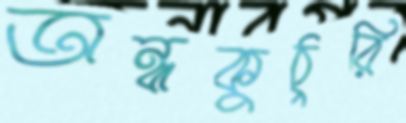
অন্ধকুঠুরি